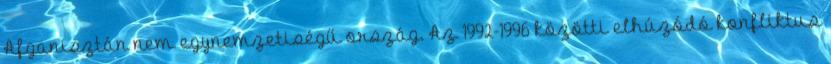
Afganisztán nem egynemzetiségű ország. Az 1992-1996 közötti elhúzódó konfliktus